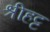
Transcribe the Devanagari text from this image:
श्रीहट्ट